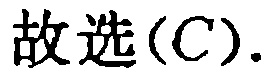
故选(C).